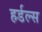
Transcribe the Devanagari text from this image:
हर्डल्स